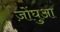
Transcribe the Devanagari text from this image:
ज़ोंघुआ